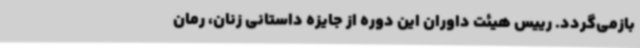
بازمی‌گردد. رییس هیئت داوران این دوره از جایزه داستانی زنان، رمان